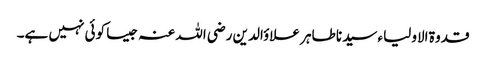
قدوۃ الاولیاء سیدنا طاہر علاؤالدین رضی اللہ عنہ جیسا کوئی نہیں ہے۔